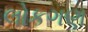
લોકગણ